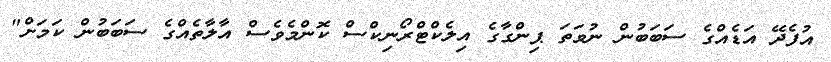
އުފެދޭ އަޑެއްގެ ސަބަބުން ނުވަތަ ޕިންގާގެ އިލެކްޓްރޯނިކްސް ކޮންމެވެސް އާލާތެއްގެ ސަބަބުން ކަމަށް"